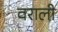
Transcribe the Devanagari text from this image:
वराली